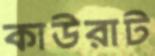
কাউরাট